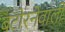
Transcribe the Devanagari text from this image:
बटोरनेवाली